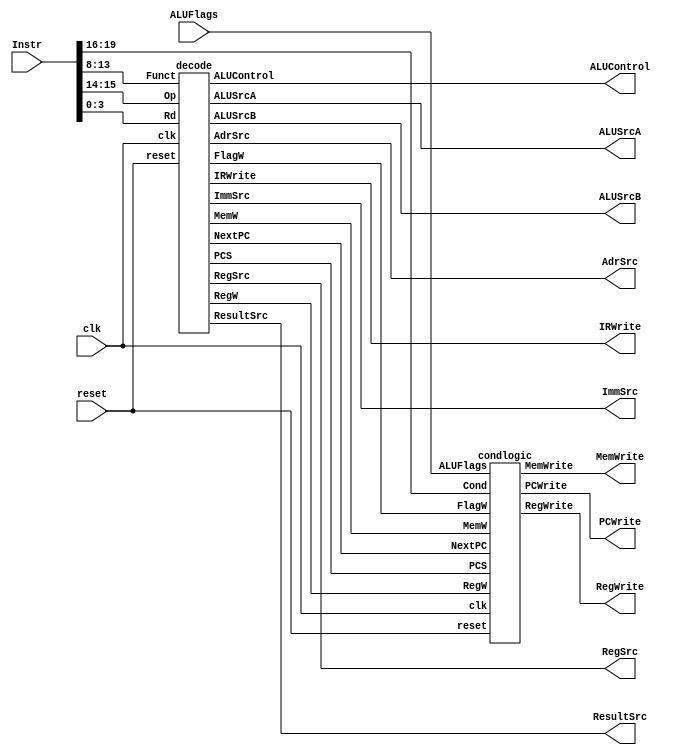
module controller (
	clk,
	reset,
	Instr,
	ALUFlags,
	PCWrite,
	MemWrite,
	RegWrite,
	IRWrite,
	AdrSrc,
	RegSrc,
	ALUSrcA,
	ALUSrcB,
	ResultSrc,
	ImmSrc,
	ALUControl
);
	input wire clk;
	input wire reset;
	input wire [31:12] Instr;
	input wire [3:0] ALUFlags;
	
	output wire PCWrite;
	output wire MemWrite;
	output wire RegWrite;
	output wire IRWrite;
	output wire AdrSrc;
	output wire [1:0] RegSrc;
	output wire [1:0] ALUSrcA;
	output wire [1:0] ALUSrcB;
	output wire [1:0] ResultSrc;
	output wire [1:0] ImmSrc;
	output wire [1:0] ALUControl;

	wire [1:0] FlagW;
	wire PCS;
	wire NextPC;
	wire RegW;
	wire MemW;
	decode dec(
		.clk(clk),
		.reset(reset),
		.Op(Instr[27:26]),
		.Funct(Instr[25:20]),
		.Rd(Instr[15:12]),
		.FlagW(FlagW),
		.PCS(PCS),
		.NextPC(NextPC),
		.RegW(RegW),
		.MemW(MemW),
		.IRWrite(IRWrite),
		.AdrSrc(AdrSrc),
		.ResultSrc(ResultSrc),
		.ALUSrcA(ALUSrcA),
		.ALUSrcB(ALUSrcB),
		.ImmSrc(ImmSrc),
		.RegSrc(RegSrc),
		.ALUControl(ALUControl)
	);
	condlogic cl(
		.clk(clk),
		.reset(reset),
		.Cond(Instr[31:28]),
		.ALUFlags(ALUFlags),
		.FlagW(FlagW),
		.PCS(PCS),
		.NextPC(NextPC),
		.RegW(RegW),
		.MemW(MemW),
		.PCWrite(PCWrite),
		.RegWrite(RegWrite),
		.MemWrite(MemWrite)
	);
endmodule

module decode (
	clk,
	reset,
	Op,
	Funct,
	Rd,
	FlagW,
	PCS,
	NextPC,
	RegW,
	MemW,
	IRWrite,
	AdrSrc,
	ResultSrc,
	ALUSrcA,
	ALUSrcB,
	ImmSrc,
	RegSrc,
	ALUControl
);
	input wire clk;
	input wire reset;
	input wire [1:0] Op;
	input wire [5:0] Funct;
	input wire [3:0] Rd;
	output reg [1:0] FlagW;
	output wire PCS;
	output wire NextPC;
	output wire RegW;
	output wire MemW;
	output wire IRWrite;
	output wire AdrSrc;
	output wire [1:0] ResultSrc;
	output wire [1:0] ALUSrcA;
	output wire [1:0] ALUSrcB;
	output wire [1:0] ImmSrc;
	output reg [1:0] RegSrc;
	output reg [1:0] ALUControl;
	wire Branch;
	wire ALUOp;

	// Main FSM
	mainfsm fsm(
		.clk(clk),
		.reset(reset),
		.Op(Op),
		.Funct(Funct),
		.IRWrite(IRWrite),
		.AdrSrc(AdrSrc),
		.ALUSrcA(ALUSrcA),
		.ALUSrcB(ALUSrcB),
		.ResultSrc(ResultSrc),
		.NextPC(NextPC),
		.RegW(RegW),
		.MemW(MemW),
		.Branch(Branch),
		.ALUOp(ALUOp)
	);

	// ADD CODE BELOW
	// Add code for the ALU Decoder and PC Logic.
	// Remember, you may reuse code from previous labs.


	// ALU Decoder
	always @(*)
		if (ALUOp) begin
			case (Funct[4:1])
				4'b0100: ALUControl = 2'b00; // ADD
				4'b0010: ALUControl = 2'b01; // SUB
				4'b0000: ALUControl = 2'b10; // AND
				4'b1100: ALUControl = 2'b11; // ORR
				default: ALUControl = 2'bxx;
			endcase
			FlagW[1] = Funct[0];
			FlagW[0] = Funct[0] & ((ALUControl == 2'b00) | (ALUControl == 2'b01));
		end
		else begin
			ALUControl = 2'b00;
			FlagW = 2'b00;
		end
	
	// PC Logic
	assign PCS = ((Rd == 4'b1111) & RegW) | Branch;

	// Add code for the Instruction Decoder (Instr Decoder) below.
	// Recall that the input to Instr Decoder is Op, and the outputs are
	// ImmSrc and RegSrc. We've completed the ImmSrc logic for you.

	// Instr Decoder
	assign ImmSrc = Op;
	always @(*)
		case (Op)
			2'b00: RegSrc = 2'b00;
			2'b01: RegSrc = 2'b10;
			2'b10: RegSrc = 2'b01;
			default: RegSrc = 2'bxx;
		endcase
endmodule

module mainfsm (
	clk,
	reset,
	Op,
	Funct,
	IRWrite,
	AdrSrc,
	ALUSrcA,
	ALUSrcB,
	ResultSrc,
	NextPC,
	RegW,
	MemW,
	Branch,
	ALUOp
);
	input wire clk;
	input wire reset;
	input wire [1:0] Op;
	input wire [5:0] Funct;
	output wire IRWrite;
	output wire AdrSrc;
	output wire [1:0] ALUSrcA;
	output wire [1:0] ALUSrcB;
	output wire [1:0] ResultSrc;
	output wire NextPC;
	output wire RegW;
	output wire MemW;
	output wire Branch;
	output wire ALUOp;
	reg [3:0] state;
	reg [3:0] nextstate;
	reg [12:0] controls;
	
	localparam [3:0] FETCH = 0;
	localparam [3:0] DECODE = 1;
	localparam [3:0] MEMADR = 2;
	localparam [3:0] MEMRD = 3;
	localparam [3:0] MEMWB = 4;
	localparam [3:0] MEMWR = 5;
	localparam [3:0] EXECUTER = 6;
	localparam [3:0] EXECUTEI = 7;
	localparam [3:0] ALUWB = 8;
	localparam [3:0] BRANCH = 9;
	localparam [3:0] UNKNOWN = 10;

	// state register
	always @(posedge clk or posedge reset)
		if (reset)
			state <= FETCH;
		else
			state <= nextstate;
	

	// ADD CODE BELOW
  	// Finish entering the next state logic below.  We've completed the 
  	// first two states, FETCH and DECODE, for you.

  	// next state logic
	always @(*)
		casex (state)
			FETCH: nextstate = DECODE;
			DECODE:
				case (Op)
					2'b00:
						if (Funct[5])
							nextstate = EXECUTEI;
						else
							nextstate = EXECUTER;
					2'b01: nextstate = MEMADR;
					2'b10: nextstate = BRANCH;
					default: nextstate = UNKNOWN;
				endcase
			EXECUTER: nextstate = ALUWB;
			EXECUTEI: nextstate = ALUWB;
			MEMADR: 
				if(Funct[0]) nextstate = MEMRD; // LDR
				else nextstate = MEMWR; // STR
			MEMRD: nextstate = MEMWB;
			default: nextstate = FETCH;
		endcase

	// ADD CODE BELOW
	// Finish entering the output logic below.  We've entered the
	// output logic for the first two states, FETCH and DECODE, for you.

	// state-dependent output logic
	always @(*)
		case (state)
			FETCH: controls = 13'b1000101001100;
			DECODE: controls = 13'b0000001001100;
			EXECUTER: controls = 13'b0000000000001;
			EXECUTEI: controls = 13'b0000000000011;
			ALUWB: controls = 13'b0001000000000;
			MEMADR: controls = 13'b0000000000010;
			MEMWR: controls = 13'b0010010000000; // MemWrite
			MEMRD: controls = 13'b0000010000000; // MemRead
			MEMWB: controls = 13'b0001000100000;
			BRANCH: controls = 13'b0100001010010;
			default: controls = 13'bxxxxxxxxxxxxx;
		endcase
	assign {NextPC, Branch, MemW, RegW, IRWrite, AdrSrc, ResultSrc, ALUSrcA, ALUSrcB, ALUOp} = controls;
endmodule

// ADD CODE BELOW
// Add code for the condlogic and condcheck modules. Remember, you may
// reuse code from prior labs.
module condlogic (
	clk,
	reset,
	Cond,
	ALUFlags,
	FlagW,
	PCS,
	NextPC,
	RegW,
	MemW,
	PCWrite,
	RegWrite,
	MemWrite
);
	input wire clk;
	input wire reset;
	input wire [3:0] Cond;
	input wire [3:0] ALUFlags;
	input wire [1:0] FlagW;
	input wire PCS;
	input wire NextPC;
	input wire RegW;
	input wire MemW;
	output wire PCWrite;
	output wire RegWrite;
	output wire MemWrite;
	wire [1:0] FlagWrite;
	wire [3:0] Flags;
	wire CondEx;

	flopenr #(2) flagreg1(
		.clk(clk),
		.reset(reset),
		.en(FlagWrite[1]),
		.d(ALUFlags[3:2]),
		.q(Flags[3:2])
	);

	flopenr #(2) flagreg0(
		.clk(clk),
		.reset(reset),
		.en(FlagWrite[0]),
		.d(ALUFlags[1:0]),
		.q(Flags[1:0])
	);
	
	condcheck cc(
		.Cond(Cond),
		.Flags(Flags),
		.CondEx(CondEx)
	);

	// Delay writing flags until ALUWB state
	flopr #(2) flagwritereg(
		.clk(clk),
		.reset(reset),
		.d(FlagW & {2 {CondEx}}),
		.q(FlagWrite)
	);

	// ADD CODE HERE

	assign FlagWrite = FlagW & {2 {CondEx}};
	assign RegWrite = RegW & CondEx;
	assign MemWrite = MemW & CondEx;
	assign PCWrite = (PCS & CondEx) | NextPC;

endmodule

module condcheck (
	Cond,
	Flags,
	CondEx
);
	input wire [3:0] Cond;
	input wire [3:0] Flags;
	output reg CondEx;

	wire neg, zero, carry, overflow, ge;
	assign {neg, zero, carry, overflow} = Flags;
	assign ge = neg == overflow;
	always @(*)
		case (Cond)
			4'b0000: CondEx = zero;
			4'b0001: CondEx = ~zero;
			4'b0010: CondEx = carry;
			4'b0011: CondEx = ~carry;
			4'b0100: CondEx = neg;
			4'b0101: CondEx = ~neg;
			4'b0110: CondEx = overflow;
			4'b0111: CondEx = ~overflow;
			4'b1000: CondEx = carry & ~zero;
			4'b1001: CondEx = ~(carry & ~zero);
			4'b1010: CondEx = ge;
			4'b1011: CondEx = ~ge;
			4'b1100: CondEx = ~zero & ge;
			4'b1101: CondEx = ~(~zero & ge);
			4'b1110: CondEx = 1'b1;
			default: CondEx = 1'bx;
		endcase
endmodule

module flopenr (
	clk,
	reset,
	en,
	d,
	q
);
	parameter WIDTH = 8;
	input wire clk;
	input wire reset;
	input wire en;
	input wire [WIDTH - 1:0] d;
	output reg [WIDTH - 1:0] q;
	always @(posedge clk or posedge reset)
		if (reset)
			q <= 0;
		else if (en)
			q <= d;
endmodule


module flopr (
	clk,
	reset,
	d,
	q,
);
	parameter WIDTH = 8;
	input wire clk;
	input wire reset;
	input wire [WIDTH - 1:0] d;
	output reg [WIDTH - 1:0] q;

 	always @(posedge clk or posedge reset)
		if (reset) 
			q <= 0;
		else 
			q <= d;
endmodule